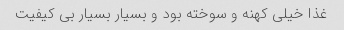
غذا خیلی کهنه و سوخته بود و بسیار بسیار بی کیفیت